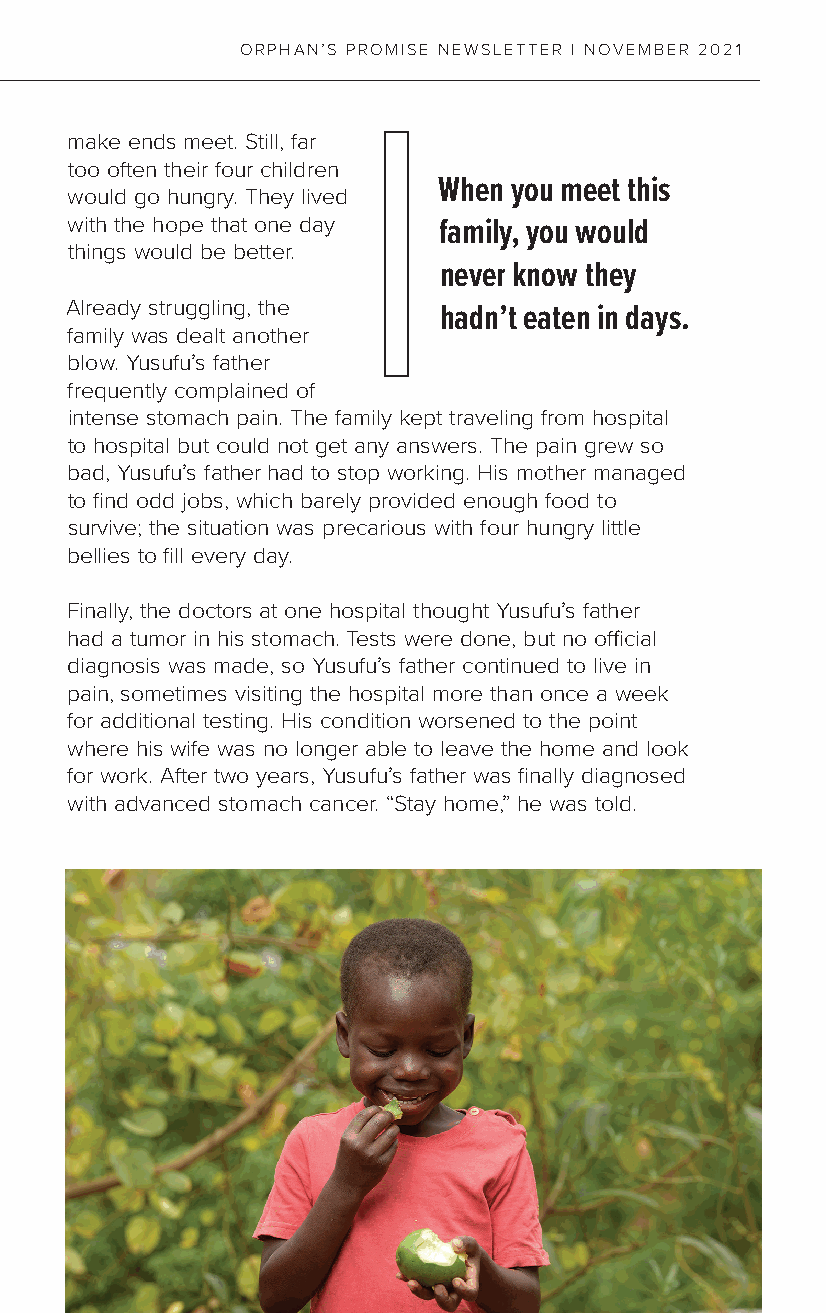
ORPHAN’S PROMISE NEWSLETTER | NOVEMBER 2021
 make ends meet. Still, far
 too often their four children
 When you meet this
 would go hungry. They lived
 with the hope that one day family, you would
 things would be better.
 never know they
 Already struggling, the
 hadn’t eaten in days.
 family was dealt another
 blow. Yusufu’s father
 frequently complained of
 intense stomach pain. The family kept traveling from hospital
 to hospital but could not get any answers. The pain grew so
 bad, Yusufu’s father had to stop working. His mother managed
 to find odd jobs, which barely provided enough food to
 survive; the situation was precarious with four hungry little
 bellies to fill every day.
 Finally, the doctors at one hospital thought Yusufu’s father
 had a tumor in his stomach. Tests were done, but no official
 diagnosis was made, so Yusufu’s father continued to live in
 pain, sometimes visiting the hospital more than once a week
 for additional testing. His condition worsened to the point
 where his wife was no longer able to leave the home and look
 for work. After two years, Yusufu’s father was finally diagnosed
 with advanced stomach cancer. “Stay home,” he was told.